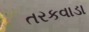
તરકવાડા